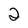
Character: 2